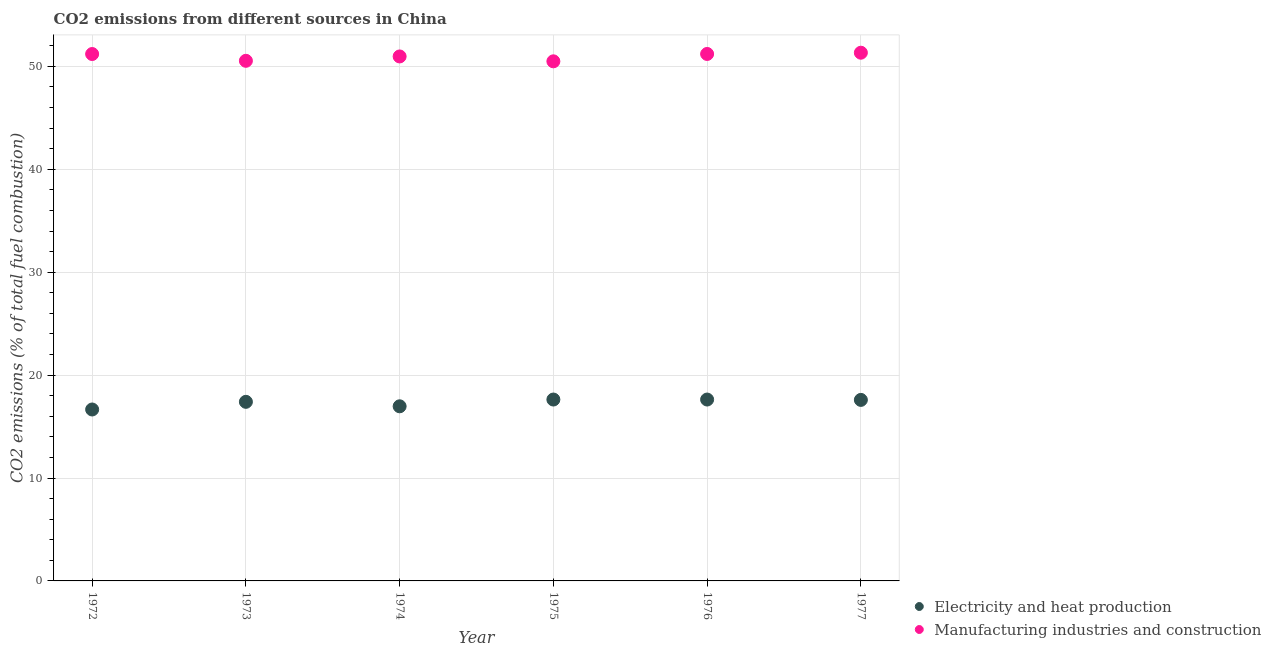
| Year | Electricity and heat production | Manufacturing industries and construction |
 | --- | --- | --- |
 | 1972 | 16.7 | 51.2 |
 | 1973 | 17.4 | 50.5 |
 | 1974 | 17 | 51 |
 | 1975 | 17.6 | 50.5 |
 | 1976 | 17.6 | 51.2 |
 | 1977 | 17.6 | 51.3 |